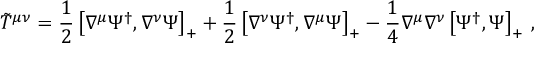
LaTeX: { \tilde { T } } ^ { \mu \nu } = \frac 1 2 \left[ \nabla ^ { \mu } \Psi ^ { \dag } , \nabla ^ { \nu } \Psi \right] _ { + } + \frac 1 2 \left[ \nabla ^ { \nu } \Psi ^ { \dag } , \nabla ^ { \mu } \Psi \right] _ { + } - \frac 1 4 \nabla ^ { \mu } \nabla ^ { \nu } \left[ \Psi ^ { \dag } , \Psi \right] _ { + } \, ,